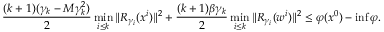
\frac { ( k + 1 ) ( \gamma _ { k } - M \gamma _ { k } ^ { 2 } ) } { 2 } \operatorname* { m i n } _ { i \le k } \| R _ { \gamma _ { i } } ( x ^ { i } ) \| ^ { 2 } + \frac { ( k + 1 ) \beta \gamma _ { k } } { 2 } \operatorname* { m i n } _ { i \le k } \| R _ { \gamma _ { i } } ( w ^ { i } ) \| ^ { 2 } \le \varphi ( x ^ { 0 } ) - \operatorname* { i n f } \varphi .